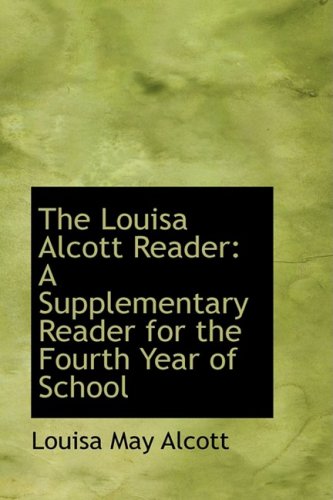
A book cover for The Louisa Alcott Reader: A Supplementary Reader for the Fourth Year of School; Louisa May Alcott; Crafts, Hobbies & Home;